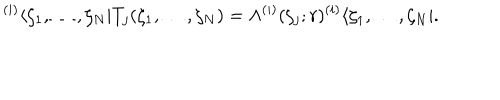
LaTeX: { } ^ { ( i ) } \langle \zeta _ { 1 } , \ldots , \zeta _ { N } | T _ { j } ( \zeta _ { 1 } , \ldots , \zeta _ { N } ) = \Lambda ^ { ( i ) } ( \zeta _ { j } ; r ) { } ^ { ( i ) } \langle \zeta _ { 1 } , \ldots , \zeta _ { N } | .